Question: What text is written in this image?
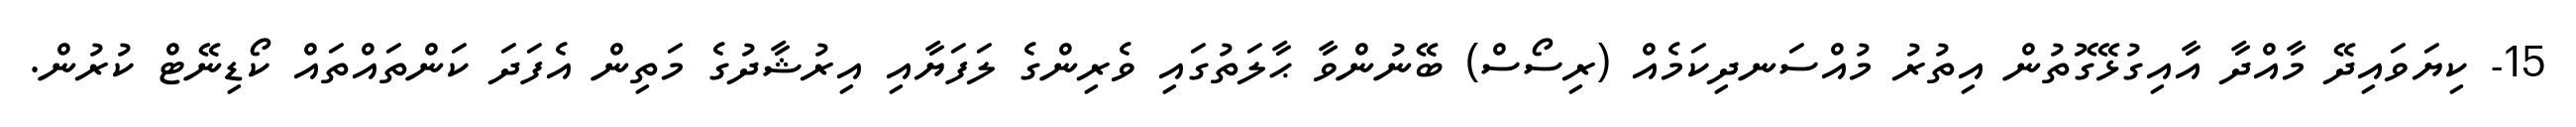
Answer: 15- ކިޔަވައިދޭ މާއްދާ އާއިގުޅޭގޮތުން އިތުރު މުއްސަނދިކަމެއް (ރިސޯސް) ބޭނުންވާ ޙާލަތުގައި ވެރިންގެ ލަފަޔާއި އިރުޝާދުގެ މަތިން އެފަދަ ކަންތައްތައް ކޯޑިނޭޓް ކުރުން.